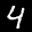
Label: 4